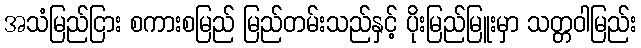
အသံမြည်ငြား စကားစမြည် မြည်တမ်းသည်နှင့် ပိုးမြည်မြူးမှာ သတ္တဝါမြည်း